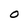
Character: O